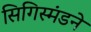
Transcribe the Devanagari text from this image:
सिगिस्मंडने